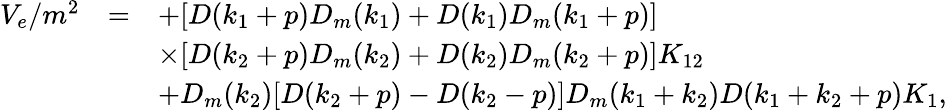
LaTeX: \begin{array}{rcl}{{V_{e}/m^{2}}}&{{=}}&{{\displaystyle+[D(k_{1}+p)D_{m}(k_{1})+D(k_{1})D_{m}(k_{1}+p)]}}\\ {{}}&{{}}&{{\displaystyle\times[D(k_{2}+p)D_{m}(k_{2})+D(k_{2})D_{m}(k_{2}+p)]K_{12}}}\\ {{}}&{{}}&{{\displaystyle+D_{m}(k_{2})[D(k_{2}+p)-D(k_{2}-p)]D_{m}(k_{1}+k_{2})D(k_{1}+k_{2}+p)K_{1},}}\end{array}